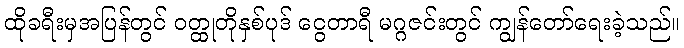
ထိုခရီးမှအပြန်တွင် ဝတ္ထုတိုနှစ်ပုဒ် ငွေတာရီ မဂ္ဂဇင်းတွင် ကျွန်တော်ရေးခဲ့သည်။